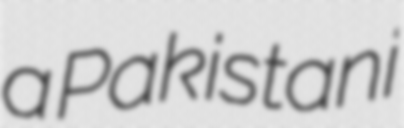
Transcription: a Pakistani